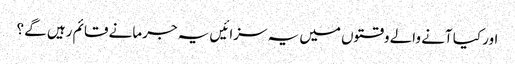
اور کیا آنے والے وقتوں میں یہ سزائیں یہ جرمانے قائم رہیں گے ؟